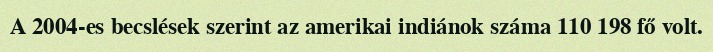
A 2004-es becslések szerint az amerikai indiánok száma 110 198 fő volt.